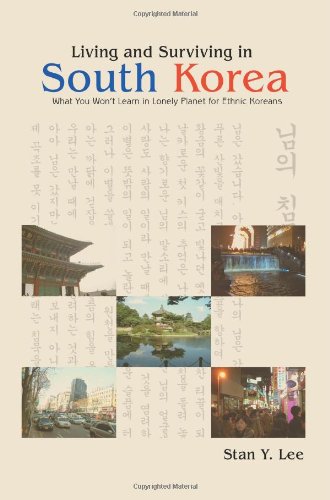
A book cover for Living and Surviving in South Korea: What You WonEEt Learn in Lonely Planet for Ethnic Koreans; Stan Lee; Travel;